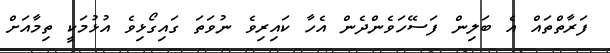
ފަރާތްތައް އެ ބަލިން ފަސޭހަވެންދެން އެހާ ކައިރިވެ ނުވަތަ ގައިގޯޅިވެ އުޅުމަކީ ތިމާއަށް